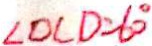
\angle O C D = 6 0 ^ { \circ }